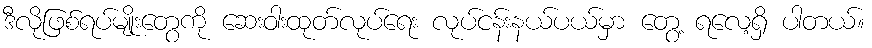
ဒီလိုဖြစ်ရပ်မျိုးတွေကို ဆေးဝါးထုတ်လုပ်ရေး လုပ်ငန်းနယ်ပယ်မှာ တွေ့ ရလေ့ရှိ ပါတယ်။